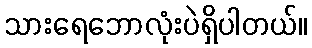
သားရေဘောလုံးပဲရှိပါတယ်။